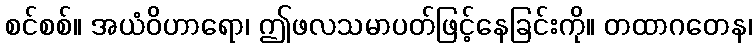
စင်စစ်။ အယံဝိဟာရော၊ ဤဖလသမာပတ်ဖြင့်နေခြင်းကို။ တထာဂတေန၊